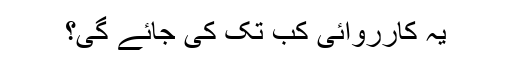
یہ کارروائی کب تک کی جائے گی؟